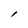
Character: l